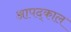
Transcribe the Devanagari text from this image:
आपद्काल